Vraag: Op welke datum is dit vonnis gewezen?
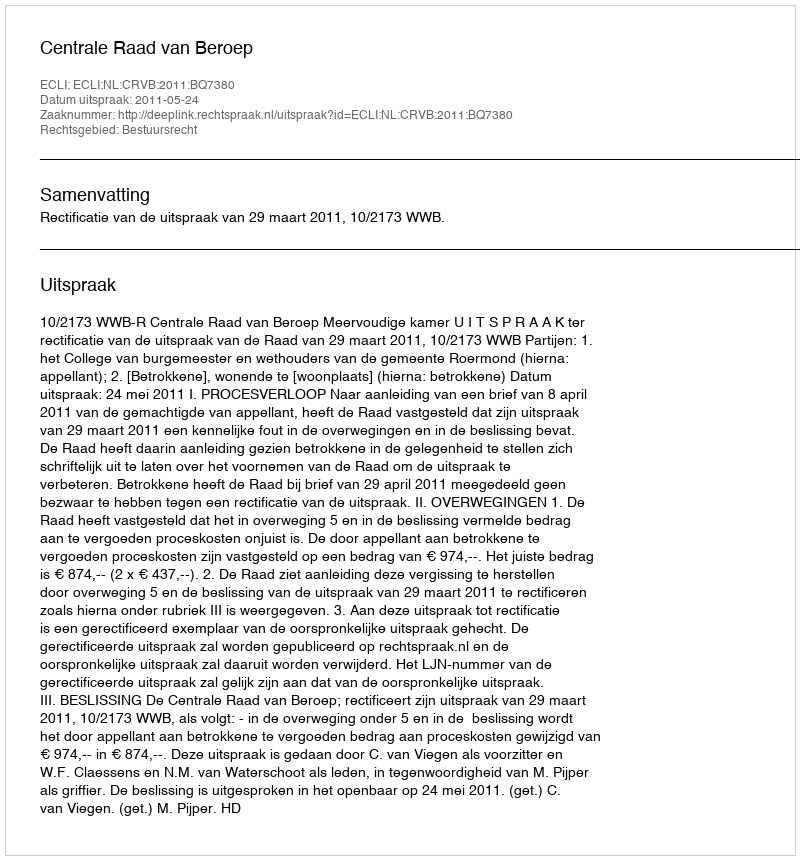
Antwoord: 2011-05-24